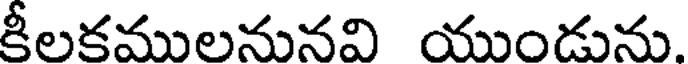
కీలకములనునవి యుండును.